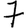
Digit: 7